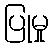
ပြုမှု